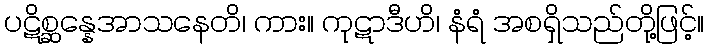
ပဋိစ္ဆန္နေအာသနေတိ၊ ကား။ ကုဋာဒီဟိ၊ နံရံ အစရှိသည်တို့ဖြင့်။